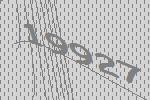
19927